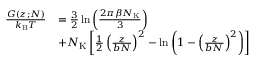
\begin{array} { r l } { \frac { G ( z ; N ) } { k _ { \mathrm { B } } T } } & { = \frac { 3 } { 2 } \ln \left( \frac { 2 \pi \beta N _ { \mathrm { K } } } { 3 } \right) } \\ & { + N _ { \mathrm { K } } \left[ \frac { 1 } { 2 } \left( \frac { z } { b N } \right) ^ { 2 } - \ln \left( 1 - \left( \frac { z } { b N } \right) ^ { 2 } \right) \right] } \end{array}